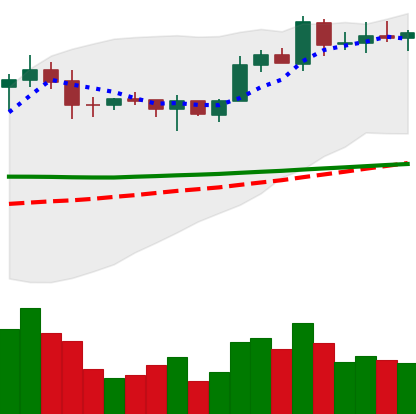
Ticker: EOS-USD
Chart end date: 2020-02-04
Forward return: 17.916%
Label: up_7plus